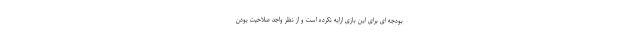
بودجه ای برای این بازی ارایه نکرده است و از نظر واجد صلاحیت بودن